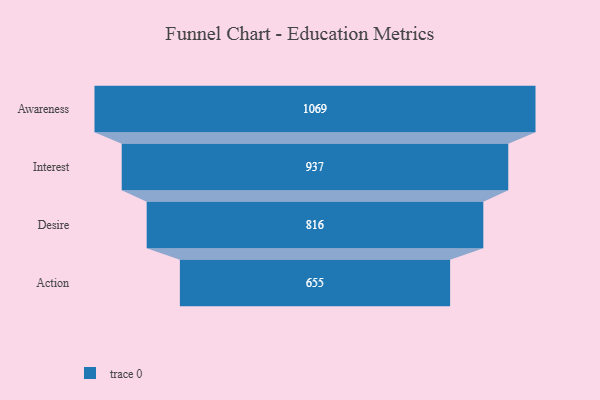
{"axis": {"x": "Stage", "y": "Value"}, "legend": [""], "data": [{"x": "Awareness", "y": 1069.0, "type": ""}, {"x": "Interest", "y": 937.0, "type": ""}, {"x": "Desire", "y": 816.0, "type": ""}, {"x": "Action", "y": 655.0, "type": ""}]}